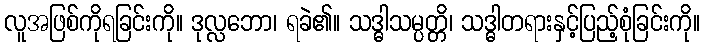
လူအဖြစ်ကိုရခြင်းကို။ ဒုလ္လဘော၊ ရခဲ၏။ သဒ္ဓါသမ္ပတ္တိ၊ သဒ္ဓါတရားနှင့်ပြည့်စုံခြင်းကို။